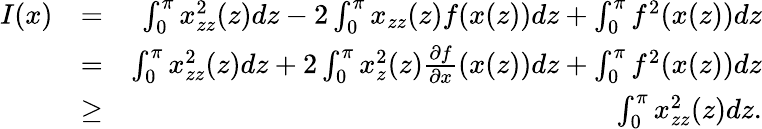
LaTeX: \begin{array}{rlr}{I(x)}&{=}&{\int_{0}^{\pi}x_{zz}^{2}(z)dz-2\int_{0}^{\pi}x_{zz}(z)f(x(z))dz+\int_{0}^{\pi}f^{2}(x(z))dz}\\ &{=}&{\int_{0}^{\pi}x_{zz}^{2}(z)dz+2\int_{0}^{\pi}x_{z}^{2}(z)\frac{\partial f}{\partial x}(x(z))dz+\int_{0}^{\pi}{f^{2}(x(z))dz}}\\ &{\ge}&{\int_{0}^{\pi}x_{zz}^{2}(z)dz.}\end{array}